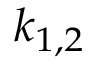
k _ { 1 , 2 }